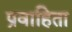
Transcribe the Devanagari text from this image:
प्रवाहिता